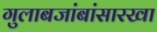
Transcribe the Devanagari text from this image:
गुलाबजांबांसारखा